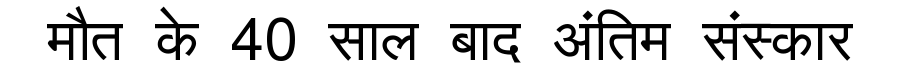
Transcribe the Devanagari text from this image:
मौत के 40 साल बाद अंतिम संस्कार